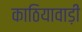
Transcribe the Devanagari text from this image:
काठियावाड़ी